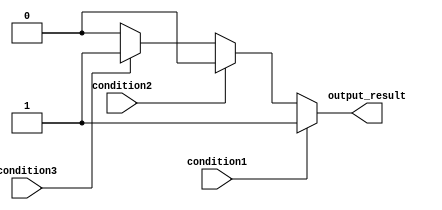
module multiple_if_else_statement (
    input wire condition1,
    input wire condition2,
    input wire condition3,
    output reg output_result
);

always @* begin
    if (condition1) begin
        output_result = 1'b1;
    end
    else if (condition2) begin
        output_result = 1'b0;
    end
    else if (condition3) begin
        output_result = 1'b1;
    end
    else begin
        output_result = 1'b0;
    end
end

endmodule